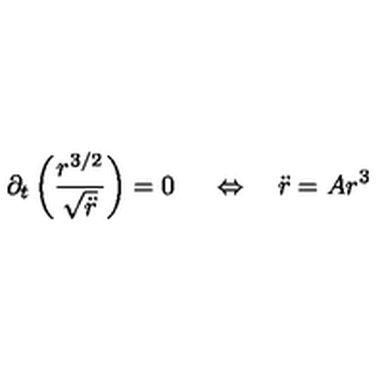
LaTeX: \partial _ { t } \left( \frac { r ^ { 3 / 2 } } { \sqrt { \ddot { r } } } \right) = 0 \ \quad \Leftrightarrow \quad \ddot { r } = A r ^ { 3 }